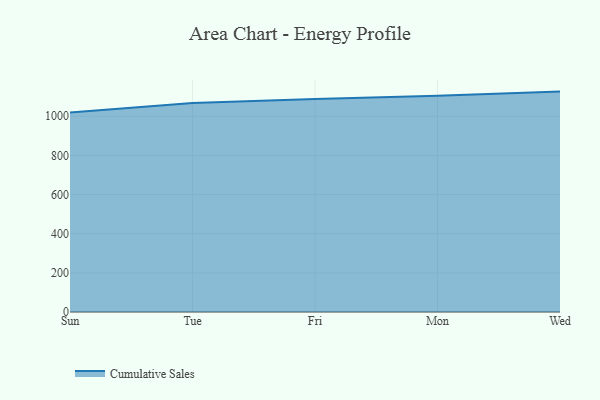
{"axis": {"x": "Day", "y": "Net Income (USD K)"}, "legend": ["Cumulative Sales"], "data": [{"x": "Sun", "y": 1019.4, "type": "Cumulative Sales"}, {"x": "Tue", "y": 1068.0, "type": "Cumulative Sales"}, {"x": "Fri", "y": 1088.6, "type": "Cumulative Sales"}, {"x": "Mon", "y": 1104.0, "type": "Cumulative Sales"}, {"x": "Wed", "y": 1125.8, "type": "Cumulative Sales"}]}